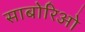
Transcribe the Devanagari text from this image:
साबोरिओ